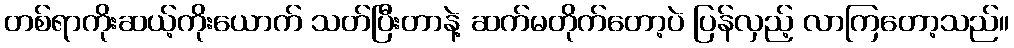
တစ်ရာကိုးဆယ့်ကိုးယောက် သတ်ပြီးတာနဲ့ ဆက်မတိုက်တော့ပဲ ပြန်လှည့် လာကြတော့သည်။